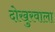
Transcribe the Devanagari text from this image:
दोखुरवाला